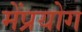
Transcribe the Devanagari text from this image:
मेंप्रयोग